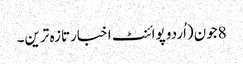
8جون(اُردو پوائنٹ اخبارتازہ ترین۔